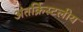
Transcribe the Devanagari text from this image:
अंतर्क्रिस्टलीय